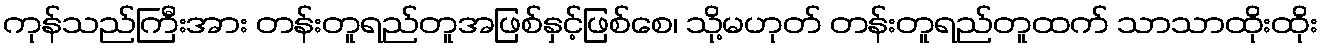
ကုန်သည်ကြီးအား တန်းတူရည်တူအဖြစ်နှင့်ဖြစ်စေ၊ သို့မဟုတ် တန်းတူရည်တူထက် သာသာထိုးထိုး